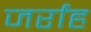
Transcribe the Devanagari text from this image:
जर्रांह